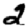
Digit: 2